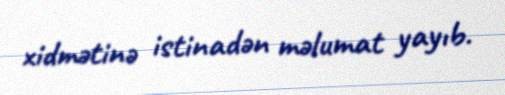
xidmətinə istinadən məlumat yayıb.